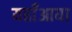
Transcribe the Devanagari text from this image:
यहाँआया